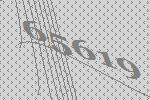
65619